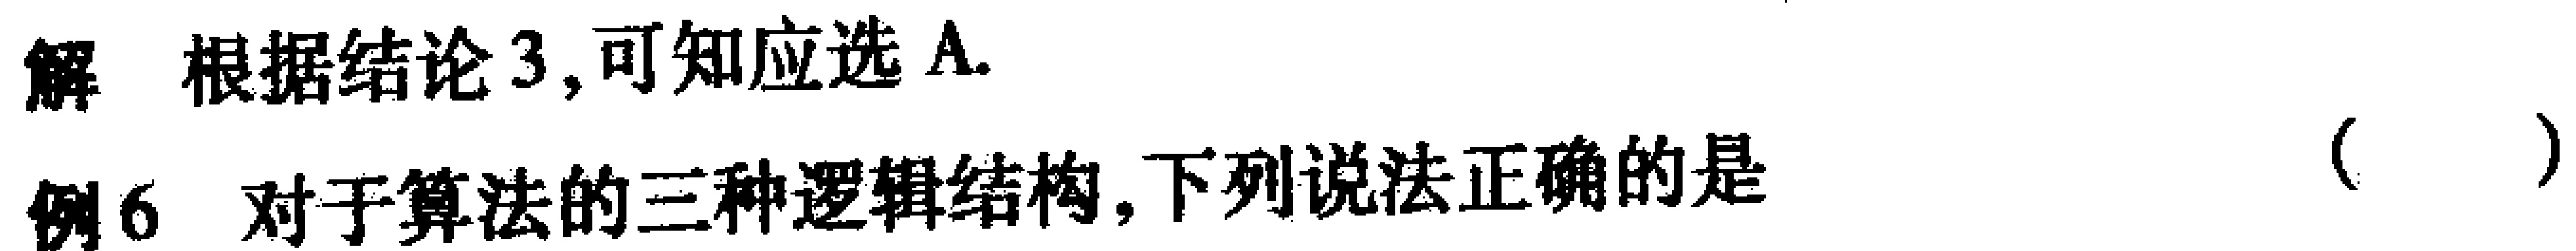
解 根据结论 3,可知应选 A.
例 6 对于算法的三种逻辑结构,下列说法正确的是 （  ）